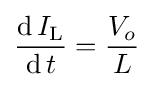
{\frac {\operatorname {d} I_{\text{L}}}{\operatorname {d} t}}={\frac {V_{o}}{L}}